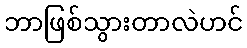
ဘာဖြစ်သွားတာလဲဟင်